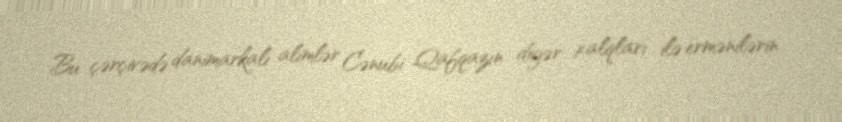
Bu çərçivədə danimarkalı alimlər Cənubi Qafqazın digər xalqları ilə ermənilərin